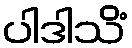
ပါဒါသိံ